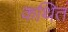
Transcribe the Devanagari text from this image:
कथितं